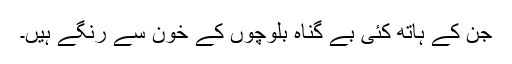
جن کے ہاتھ کئی بے گناہ بلوچوں کے خون سے رنگے ہیں۔